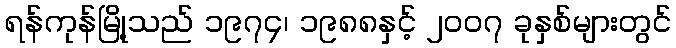
ရန်ကုန်မြို့သည် ၁၉၇၄၊ ၁၉၈၈နှင့် ၂၀၀၇ ခုနှစ်များတွင်